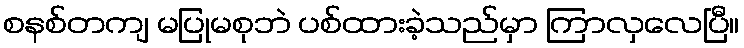
စနစ်တကျ မပြုမစုဘဲ ပစ်ထားခဲ့သည်မှာ ကြာလှလေပြီ။